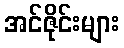
အင်ဇိုင်းများ